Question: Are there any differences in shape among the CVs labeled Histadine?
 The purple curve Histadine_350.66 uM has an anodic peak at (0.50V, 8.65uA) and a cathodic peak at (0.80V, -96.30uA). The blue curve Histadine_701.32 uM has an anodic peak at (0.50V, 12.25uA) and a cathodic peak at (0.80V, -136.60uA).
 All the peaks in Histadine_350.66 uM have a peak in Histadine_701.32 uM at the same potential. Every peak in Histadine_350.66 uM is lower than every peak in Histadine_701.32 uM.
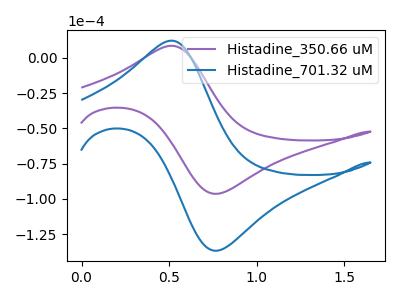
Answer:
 <answer>All the CV's of "Histadine" have similar shape.</answer>
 <eval>follow_rule</eval>